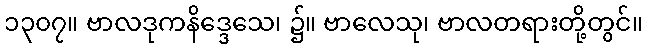
၁၃၀၇။ ဗာလဒုကနိဒ္ဒေသေ၊ ၌။ ဗာလေသု၊ ဗာလတရားတို့တွင်။